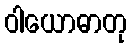
ဝါယောဓာတု